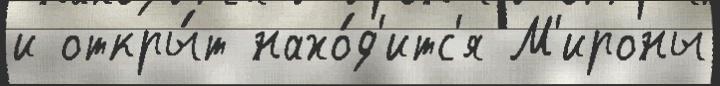
и откры́т нахо́д'итс'я М'ироны